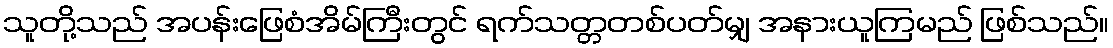
သူတို့သည် အပန်းဖြေစံအိမ်ကြီးတွင် ရက်သတ္တတစ်ပတ်မျှ အနားယူကြမည် ဖြစ်သည်။